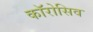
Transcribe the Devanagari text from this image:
काॅरोसिव